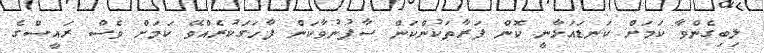
ލިބިގެންވާ ކަމަށް ކަނޑައަޅާނީ ކޮން ފަރާތަކުންކަން ސާފުނުވާކަން ފާހަގަކުރެއްވޭ ކަމަށް ވެސް ރައީސްގެ